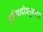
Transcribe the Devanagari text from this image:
बुनियादीअनुसंधान